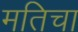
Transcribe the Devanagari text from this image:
मतिचा